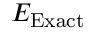
E _ { \mathrm { E x a c t } }